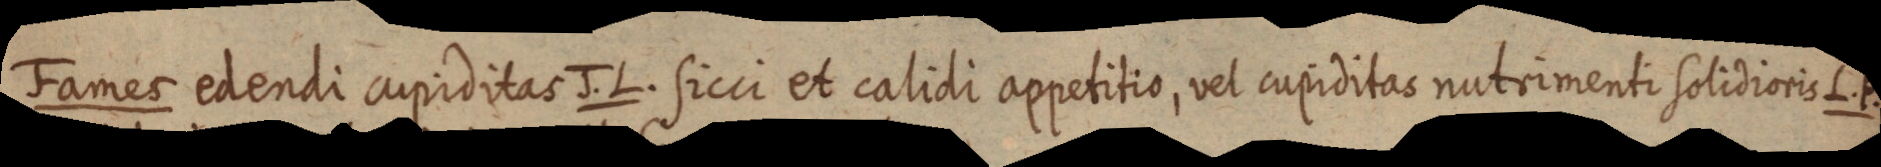
Fames edendi cupiditas J. L. Sicci et calidi appetitio, vel cupiditas nutrimenti solidioris L. P.